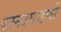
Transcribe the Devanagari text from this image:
कानउघाडणी